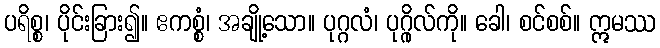
ပရိစ္စ၊ ပိုင်းခြား၍။ ဧကစ္စံ၊ အချို့သော။ ပုဂ္ဂလံ၊ ပုဂ္ဂိုလ်ကို။ ခေါ၊ စင်စစ်။ ဣမဿ